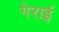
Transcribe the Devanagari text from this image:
गेराई